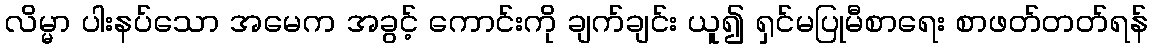
လိမ္မာ ပါးနပ်သော အမေက အခွင့် ကောင်းကို ချက်ချင်း ယူ၍ ရှင်မပြုမီစာရေး စာဖတ်တတ်ရန်